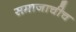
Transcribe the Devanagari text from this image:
समाजाचीच